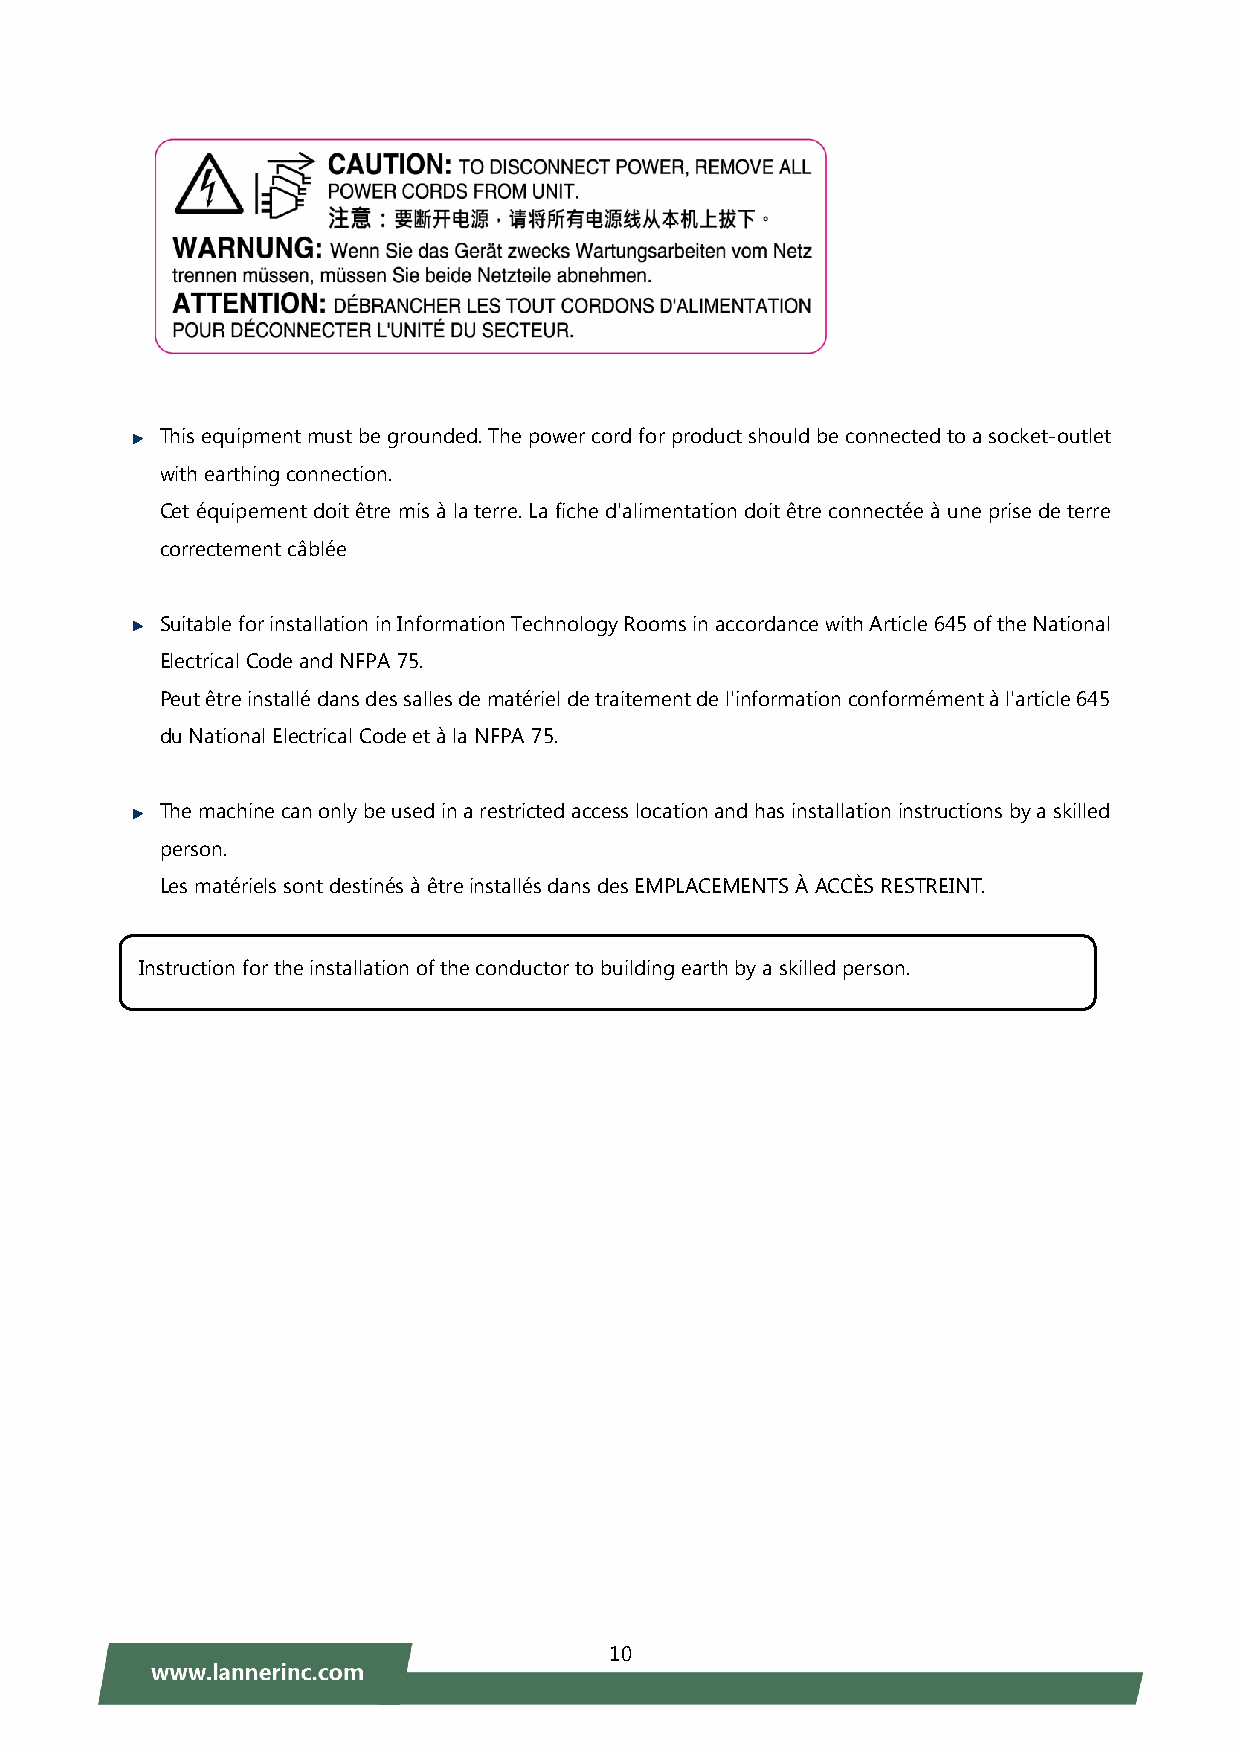
This equipment must be grounded. The power cord for product should be connected to a socket-outlet
 with earthing connection.
 Cet équipement doit être mis à la terre. La fiche d'alimentation doit être connectée à une prise de terre
 correctement câblée
 Suitable for installation in Information Technology Rooms in accordance with Article 645 of the National
 Electrical Code and NFPA 75.
 Peut être installé dans des salles de matériel de traitement de l'information conformément à l'article 645
 du National Electrical Code et à la NFPA 75.
 The machine can only be used in a restricted access location and has installation instructions by a skilled
 person.
 Les matériels sont destinés à être installés dans des EMPLACEMENTS À ACCÈS RESTREINT.
 Ins truction for the installation of the conductor to building earth by a skilled person.
 10